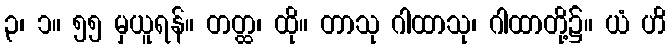
၃၊ ၁။ ၅၅ မှယူရန်။ တတ္ထ၊ ထို။ တာသု ဂါထာသု၊ ဂါထာတို့၌။ ယံ ဟိ